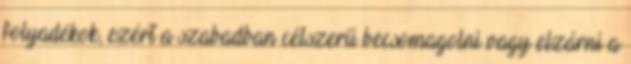
folyadékok, ezért a szabadban célszerű becsomagolni vagy elzárni a